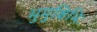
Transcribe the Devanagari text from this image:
मुमुक्षिभिः